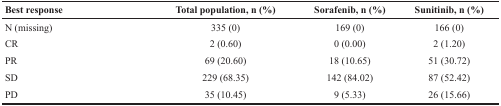
<table><thead><tr><td><b>Best response</b></td><td><b>Total population, n (%)</b></td><td><b>Sorafenib, n (%)</b></td><td><b>Sunitinib, n (%)</b></td></tr></thead><tbody><tr><td>N (missing)</td><td>335 (0)</td><td>169 (0)</td><td>166 (0)</td></tr><tr><td>CR</td><td>2 (0.60)</td><td>0 (0.00)</td><td>2 (1.20)</td></tr><tr><td>PR</td><td>69 (20.60)</td><td>18 (10.65)</td><td>51 (30.72)</td></tr><tr><td>SD</td><td>229 (68.35)</td><td>142 (84.02)</td><td>87 (52.42)</td></tr><tr><td>PD</td><td>35 (10.45)</td><td>9 (5.33)</td><td>26 (15.66)</td></tr></tbody></table>